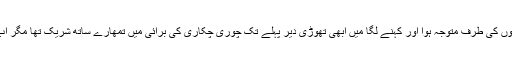
یہ کہہ کر وہ اپنے ساتھیوں کی طرف متوجہ ہوا اور کہنے لگا میں ابھی تھوڑی دیر پہلے تک چوری چکاری کی برائی میں تمھارے ساتھ شریک تھا مگر اب میں توبہ کر چکا ہوں ۔